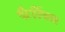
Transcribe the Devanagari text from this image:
फैरिंक्स